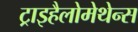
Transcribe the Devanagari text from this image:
ट्राइहैलोमेथेन्स